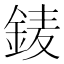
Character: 𨦎